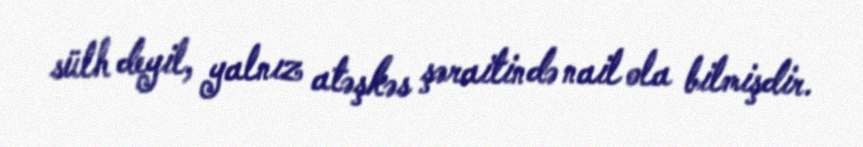
sülh deyil, yalnız atəşkəs şəraitində nail ola bilmişdir.